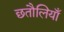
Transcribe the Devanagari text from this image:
छतौलियाँ